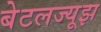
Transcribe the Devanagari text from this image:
बेटलज्यूझ